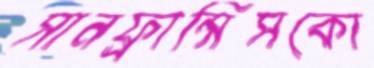
সানফ্রান্সিসকো